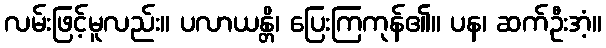
လမ်းဖြင့်မူလည်း။ ပလာယန္တိ၊ ပြေးကြကုန်၏။ ပန၊ ဆက်ဦးအံ့။